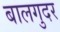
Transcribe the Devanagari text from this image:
बालगुदर